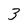
Character: 3